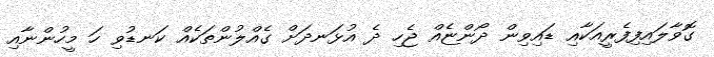
ގޮވާލައިފިފެރީއަކާއި ޑައިވިން ދޯންޏެއް ޖެހި ދެ އުޅަނދަށް ގެއްލުންތަކެއް ކަނޑުވި ހަ މީހުންނާއި